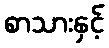
စာသားနှင့်